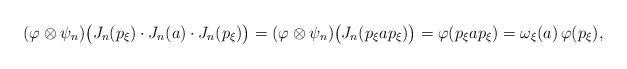
LaTeX: \begin{align*}(\varphi \otimes \psi_n) \big( J_n(p_\xi) \cdot J_n(a) \cdot J_n(p_\xi) \big)= (\varphi \otimes \psi_n) \big( J_n(p_\xi a p_\xi) \big)= \varphi (p_\xi a p_\xi) = \omega_\xi(a) \,\varphi(p_\xi),\end{align*}